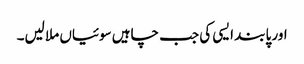
اور پابند ایسی کی جب چاہیں سوئیاں ملا لیں۔